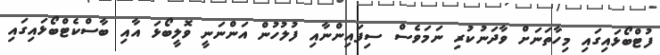
ފުޓްބޯޅައިގައި މިހާތަނަށް ވާދަނުކުރި ނަމަވެސް ސިފައިންނާއި ފުލުހުން އަންނަނީ ވޮލީބޯޅަ އާއި ބާސްކެޓްބޯޅައިގައި